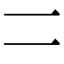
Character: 𠄠